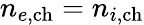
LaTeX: n_{e,\mathrm{ch}}=n_{i,\mathrm{ch}}